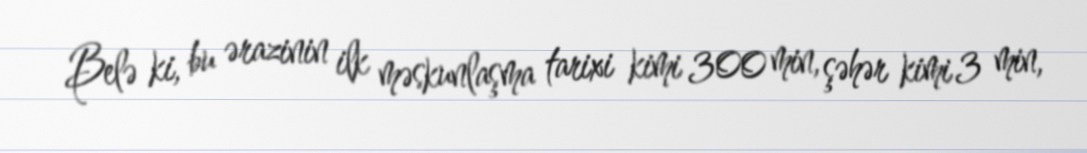
Belə ki, bu ərazinin ilk məskunlaşma tarixi kimi 300 min, şəhər kimi 3 min,